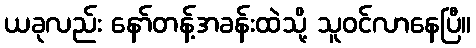
ယခုလည်း နော်တန့်အခန်းထဲသို့ သူဝင်လာနေပြီ။